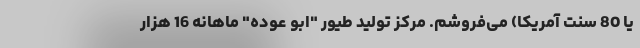
یا 80 سنت آمریکا) می‌فروشم. مرکز تولید طیور "ابو عوده" ماهانه 16 هزار